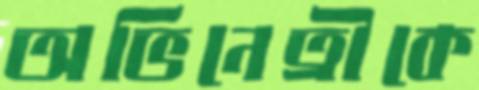
অভিনেত্রীকে